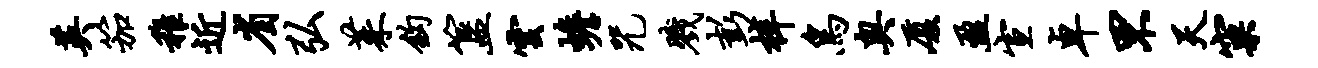
英笳稚近省弘茱钩簋云蟾咒戮彭梓鸟奥厦盈宣卓罘天窠